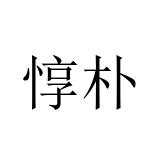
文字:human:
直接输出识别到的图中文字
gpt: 惇朴